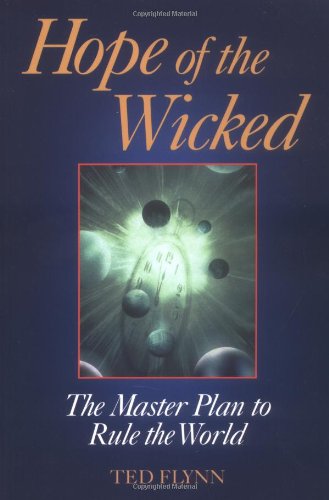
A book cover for Hope of the Wicked; Ted Flynn; Christian Books & Bibles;